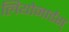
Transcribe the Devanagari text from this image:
लियोनार्डस्